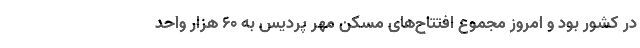
در کشور بود و امروز مجموع افتتاح‌های مسکن مهر پردیس به 60 هزار واحد